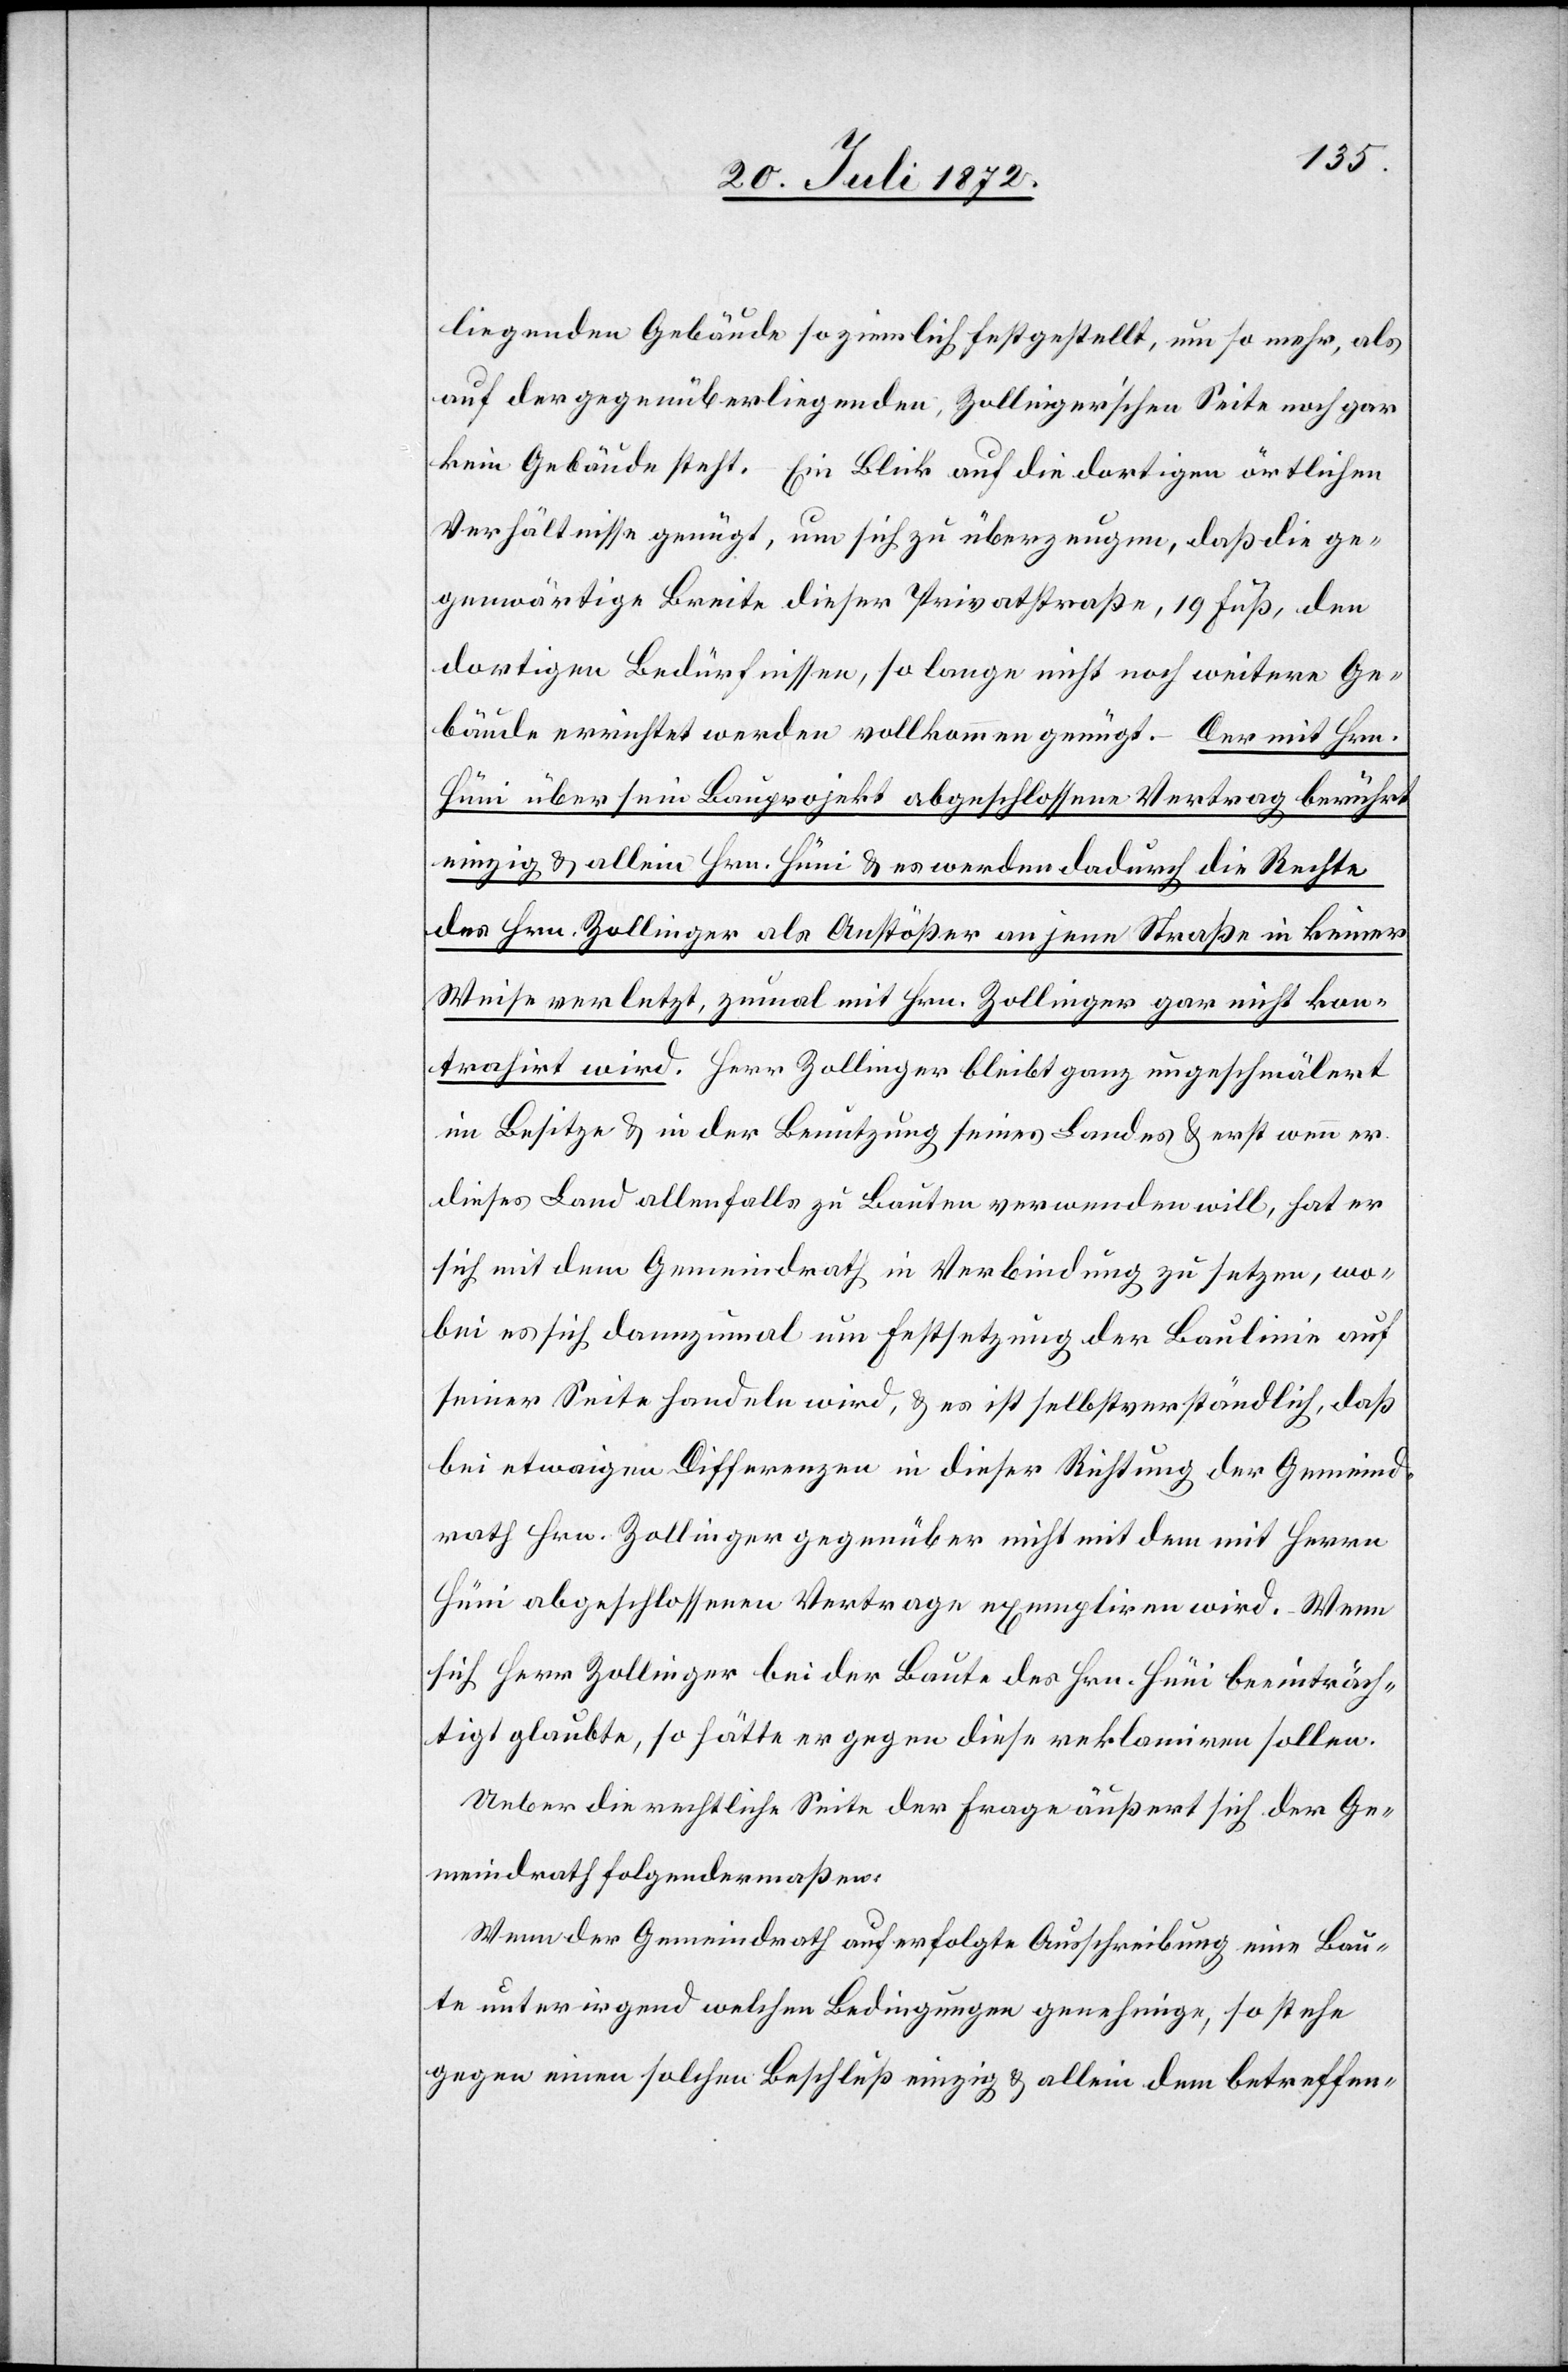
liegenden Gebäude so ziemlich festgestellt, um so mehr, als
auf der gegenüberliegenden, Zollinger’schen Seite noch gar
kein Gebäude steht. Ein Blick auf die dortigen örtlichen
Verhältnisse genügt, um sich zu überzeugen, daß die ge¬
genwärtige Breite dieser Privatstraße, 19 Fuß, den
dortigen Bedürfnisse, so lange nicht noch weitere Ge¬
bäude errichtet werden vollkommen genügt. – Der mit Hrn.
Hüni über sein Bauprojekt abgeschlossene Vertrag berührt
einzig u. allein Hrn. Hüni u. es werden dadurch die Rechte
des Hrn. Zollinger als Anstößer an jene Straße in keiner
Weise verletzt, zumal mit Hrn. Zollinger gar nicht kon¬
trahirt wird. Herr Zollinger bleibt ganz ungeschmälert
im Besitze u. in der Benutzung seines Landes u. erst wenn er
dieses Land allenfalls zu Bauten verwenden will, hat er
sich mit dem Gemeindrath in Verbindung zu setzen, wo¬
bei es sich dannzumal um Festsetzung der Baulinie auf
seiner Seite handeln wird, u. es ist selbstverständlich, daß
bei etwaigen Differenzen in dieser Richtung der Gemeind¬
rath Hrn. Zollinger gegenüber nicht mit dem mit Herrn
Hüni abgeschlossenen Vertrage exempliren wird. Wenn
sich Herr Zollinger bei der Baute des Hrn. Hüni beeinträch¬
tigt glaubte, so hätte er gegen diese reklamiren sollen.
Ueber die rechtliche Seite der Frage äußert sich der Ge¬
meindrath folgendermaßen:
Wenn der Gemeindrath auf erfolgte Ausschreibung eine Bau¬
te unter irgend welchen Bedingungen genehmige, so stehe
gegen einen solchen Beschluß einzig u. allein dem betreffen-